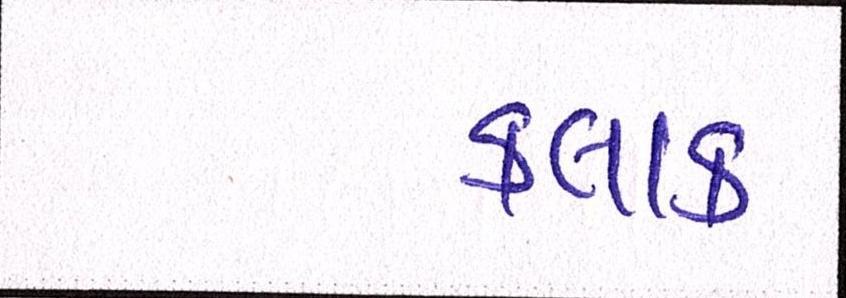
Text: કલાક